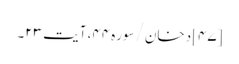
[۴۷] دخان/سوره۴۴، آیت ۲۳۔